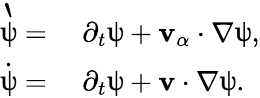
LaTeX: \begin{array}{rl}{\grave{\uppsi}=}&{{}~\partial_{t}\uppsi+\mathbf{v}_{\alpha}\cdot\nabla\uppsi,}\\ {\dot{\uppsi}=}&{{}~\partial_{t}\uppsi+\mathbf{v}\cdot\nabla\uppsi.}\end{array}